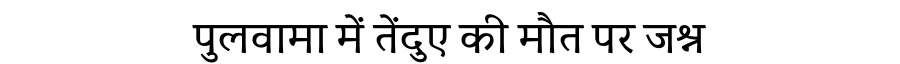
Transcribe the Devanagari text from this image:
पुलवामा में तेंदुए की मौत पर जश्न